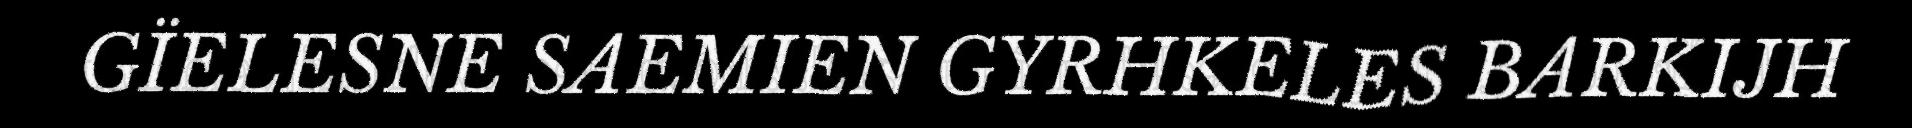
GÏELESNE SAEMIEN GYRHKELES BARKIJH